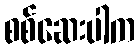
စစ်ဆေးပါက